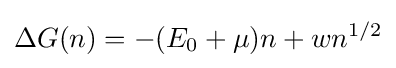
\Delta G(n)=-(E_{0}+\mu )n+wn^{1/2}